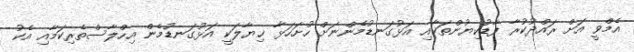
އެމްވީ އަށް ރައްދުކުރާ ފާޑުކިޔުންތަކާއި އަޅުގަނޑުމެންނަށް ހުށަހަޅާ ޚިޔާލަކީ އަޅުގަނޑުމެން އިހްލާސްތެރިކަމާއި އެކު